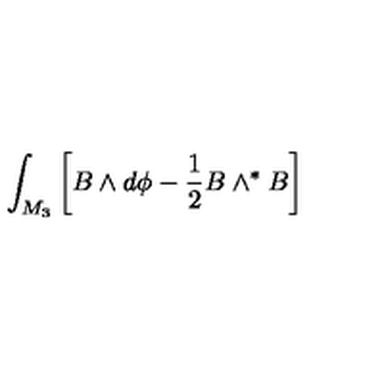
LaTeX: \int _ { M _ { 3 } } \left[ B \wedge d \phi - \frac 1 2 B \wedge ^ { * } B \right]